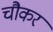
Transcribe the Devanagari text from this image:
चौकर